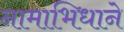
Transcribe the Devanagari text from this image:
नामाभिधाने